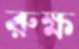
রুক্ষ